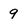
Character: 9